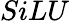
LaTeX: SiLU